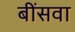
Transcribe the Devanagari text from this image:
बींसवा